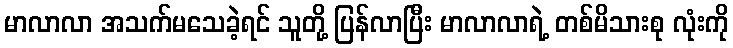
မာလာလာ အသက်မသေခဲ့ရင် သူတို့ ပြန်လာပြီး မာလာလာရဲ့ တစ်မိသားစု လုံးကို